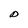
Character: D